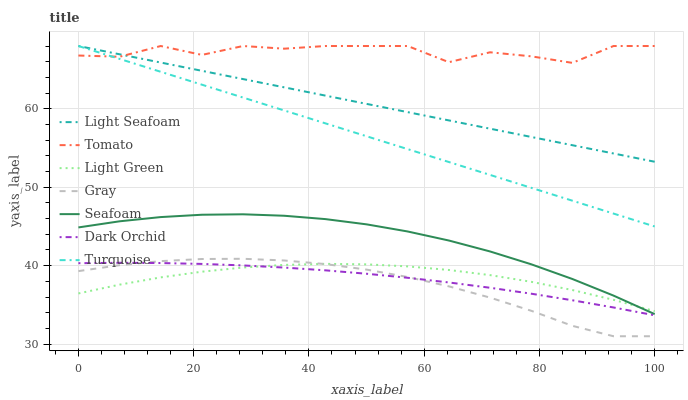
| xaxis_label | Light Seafoam | Tomato | Light Green | Gray | Seafoam | Dark Orchid | Turquoise |
 | --- | --- | --- | --- | --- | --- | --- | --- |
 | 0 | 68 | 66.8 | 36.5 | 39.3 | 44.9 | 40.3 | 68 |
 | 7.14 | 66.9 | 66.6 | 37.6 | 40.1 | 45.7 | 40.4 | 66.4 |
 | 14.3 | 65.9 | 68 | 38.5 | 40.6 | 46.2 | 40.3 | 64.7 |
 | 21.4 | 64.8 | 66.9 | 39.2 | 40.8 | 46.5 | 40.2 | 63.1 |
 | 28.6 | 63.8 | 68 | 39.8 | 40.9 | 46.5 | 40 | 61.4 |
 | 35.7 | 62.7 | 67.7 | 40.1 | 40.7 | 46.4 | 39.8 | 59.8 |
 | 42.9 | 61.7 | 68 | 40.2 | 40.2 | 45.9 | 39.4 | 58.1 |
 | 50 | 60.6 | 68 | 40.2 | 39.5 | 45.3 | 39 | 56.5 |
 | 57.1 | 59.6 | 68 | 39.9 | 38.6 | 44.4 | 38.5 | 54.9 |
 | 64.3 | 58.5 | 65.9 | 39.4 | 37.4 | 43.2 | 37.9 | 53.2 |
 | 71.4 | 57.5 | 67.2 | 38.8 | 35.9 | 41.8 | 37.2 | 51.6 |
 | 78.6 | 56.4 | 66.7 | 37.9 | 34.2 | 40.2 | 36.4 | 49.9 |
 | 85.7 | 55.4 | 65.9 | 36.9 | 32.3 | 38.3 | 35.6 | 48.3 |
 | 92.9 | 54.3 | 68 | 35.6 | 31 | 36.2 | 34.7 | 46.6 |
 | 100 | 53.2 | 68 | 34.2 | 31 | 33.8 | 33.7 | 45 |